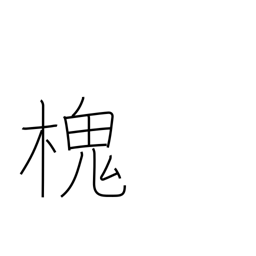
Meaning: type of Japanese pagoda tree